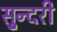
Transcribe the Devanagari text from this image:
सु्न्दरी